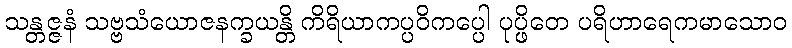
သန္တဇ္ဇနံ သဗ္ဗသံယောဇနက္ခယန္တိ ကိရိယာကပ္ပဝိကပ္ပေါ ပုပ္ဖိတေ ပရိဟာရေကမာသောဝ